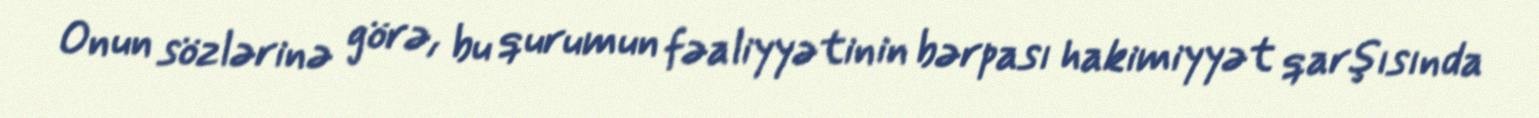
Onun sözlərinə görə, bu qurumun fəaliyyətinin bərpası hakimiyyət qarşısında